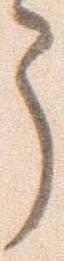
う